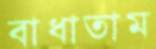
বাধাতাম